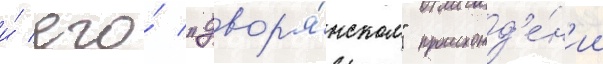
и́ его́ "двор'я́нском" происхожд'е́н'ии